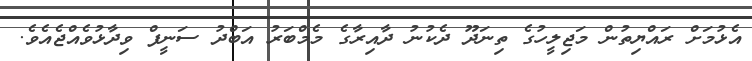
އެޅުމަށް ރައްޔިތުން މަޖިލީހުގެ ތިނަދޫ ދެކުނު ދާއިރާގެ މެމްބަރު އަބްދު ސަނީފް ވިދާޅުވެއްޖެއެވެ.